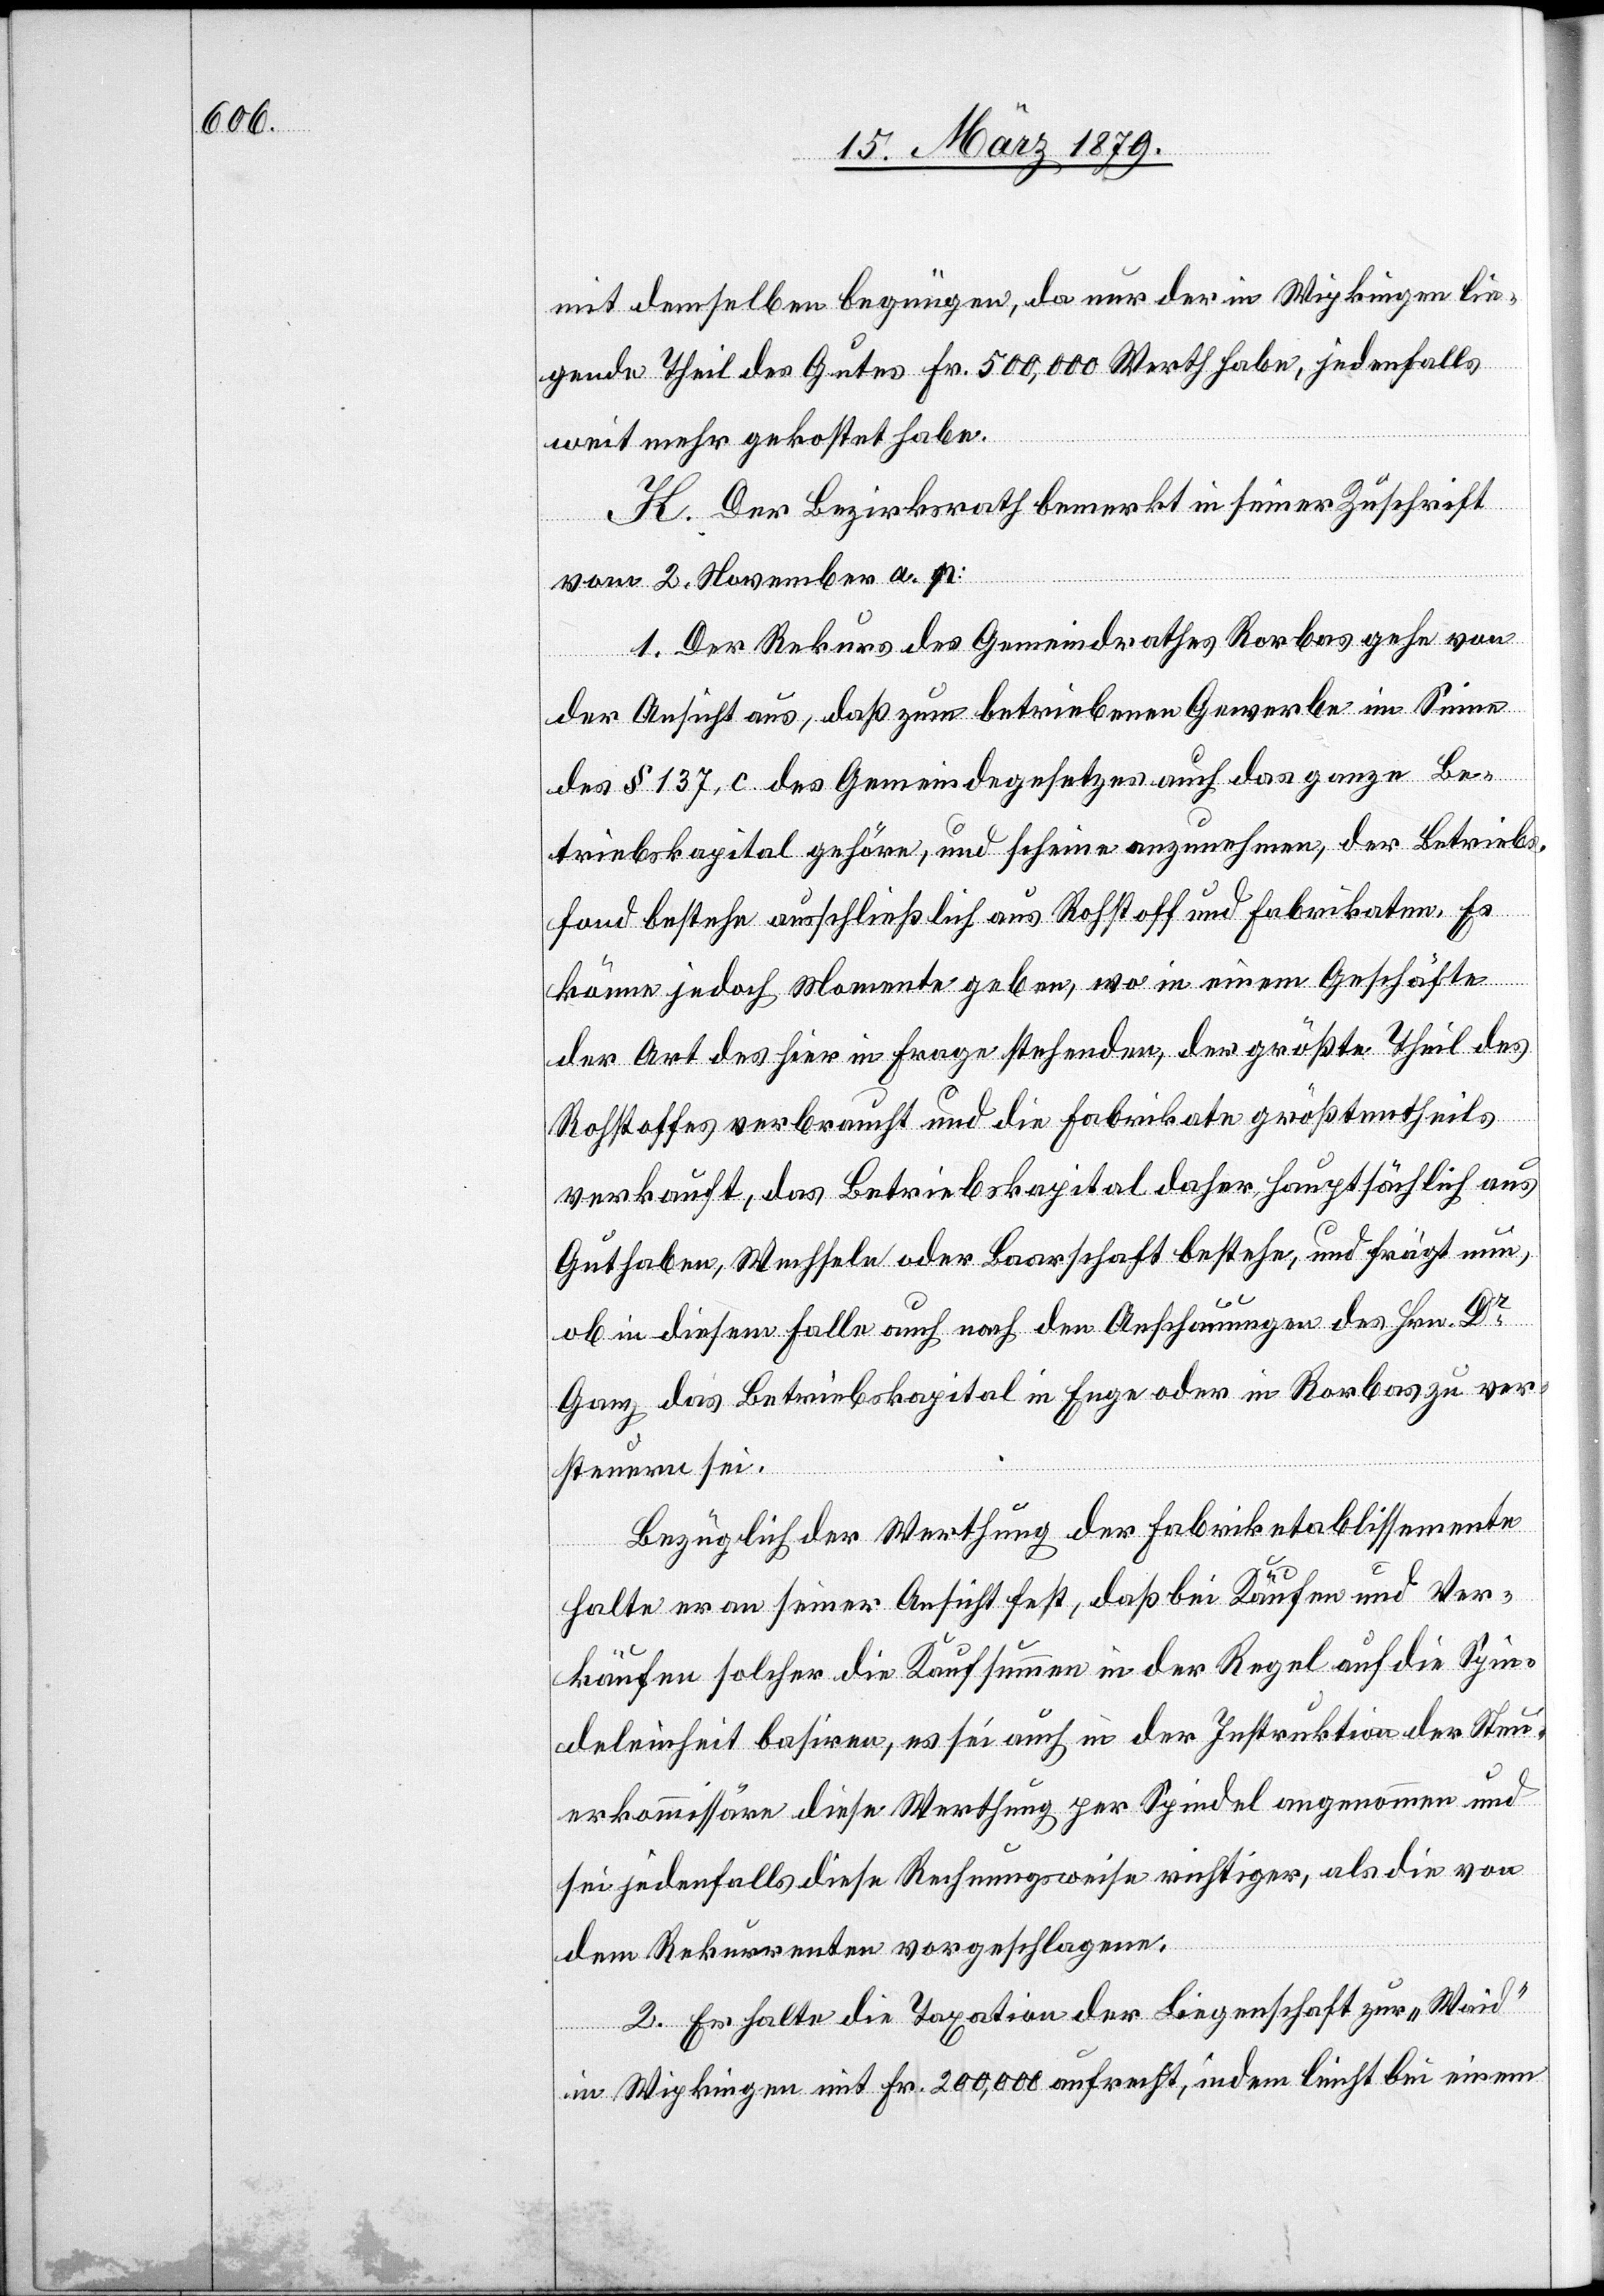
mit demselben begnügen, da nur der in Wipkingen lie¬
gende Theil des Gutes Fr. 500,000 Werth habe, jedenfalls
weit mehr gekostet habe.
K. Der Bezirksrath bemerkt in seiner Zuschrift
vom 2. November a. p.:
1. Der Rekurs des Gemeindrathes Rorbas gehe von
der Ansicht aus, daß zum betriebenen Gewerbe im Sinne
des § 137, c des Gemeindegesetzes auch das ganze Be¬
triebskapital gehöre, und scheine anzunehmen, der Betriebs¬
fond bestehe ausschließlich aus Rohstoff und Fabrikaten. Es
könne jedoch Momente geben, wo in einem Geschäfte
der Art des hier in Frage stehenden, der größte Theil des
Rohstoffes verbraucht und die Fabrikate größtentheils
verkauft, das Betriebskapital daher hauptsächlich aus
Guthaben, Wechseln oder Baarschaft bestehe, und frägt nun,
ob in diesem Falle auch nach den Anschauungen des Hrn. Dr
Ganz das Betriebskapital in Enge oder in Rorbas zu ver¬
steuern sei.
Bezüglich der Werthung der Fabriketablissemente
halte er an seiner Ansicht fest, daß bei Käufen und Ver¬
Spin¬
käufen solcher die Kaufsummen in der Regel auf die [si¬
deleinheit basiren, es sei auch in der Instruktion der Steu¬
erkommissäre diese Werthung per Spindel angenommen und
sei jedenfalls diese Rechnungsweise richtiger, als die von
dem Rekurrenten vorgeschlagene:
2. Er halte die Taxation der Liegenschaft zur „Waid“
in Wipkingen mit Fr. 200,000 aufrecht, indem leicht bei einem